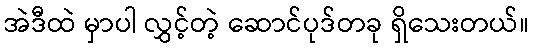
အဲဒီထဲ မှာပါ လွှင့်တဲ့ ဆောင်ပုဒ်တခု ရှိသေးတယ်။